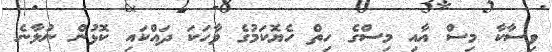
ވިސާކާ މިސް އާއި މިސްގެ ހިތް ހެޔޮކަމުގެ ވާހަކަ ދައްކައި ކޮޅުން ނުލާނެ